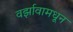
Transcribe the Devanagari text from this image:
वर्झावामधून